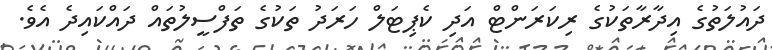
ދައުލަތުގެ އިދާރާތަކުގެ ރިކަރަންޓް އަދި ކެޕިޓަލް ހަރަދު ތަކުގެ ތަފްސީލުތައް ދައްކައިދެ އެވެ.